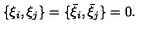
\{ \xi _ { i } , \xi _ { j } \} = \{ { \bar { \xi } } _ { i } , { \bar { \xi } } _ { j } \} = 0 .